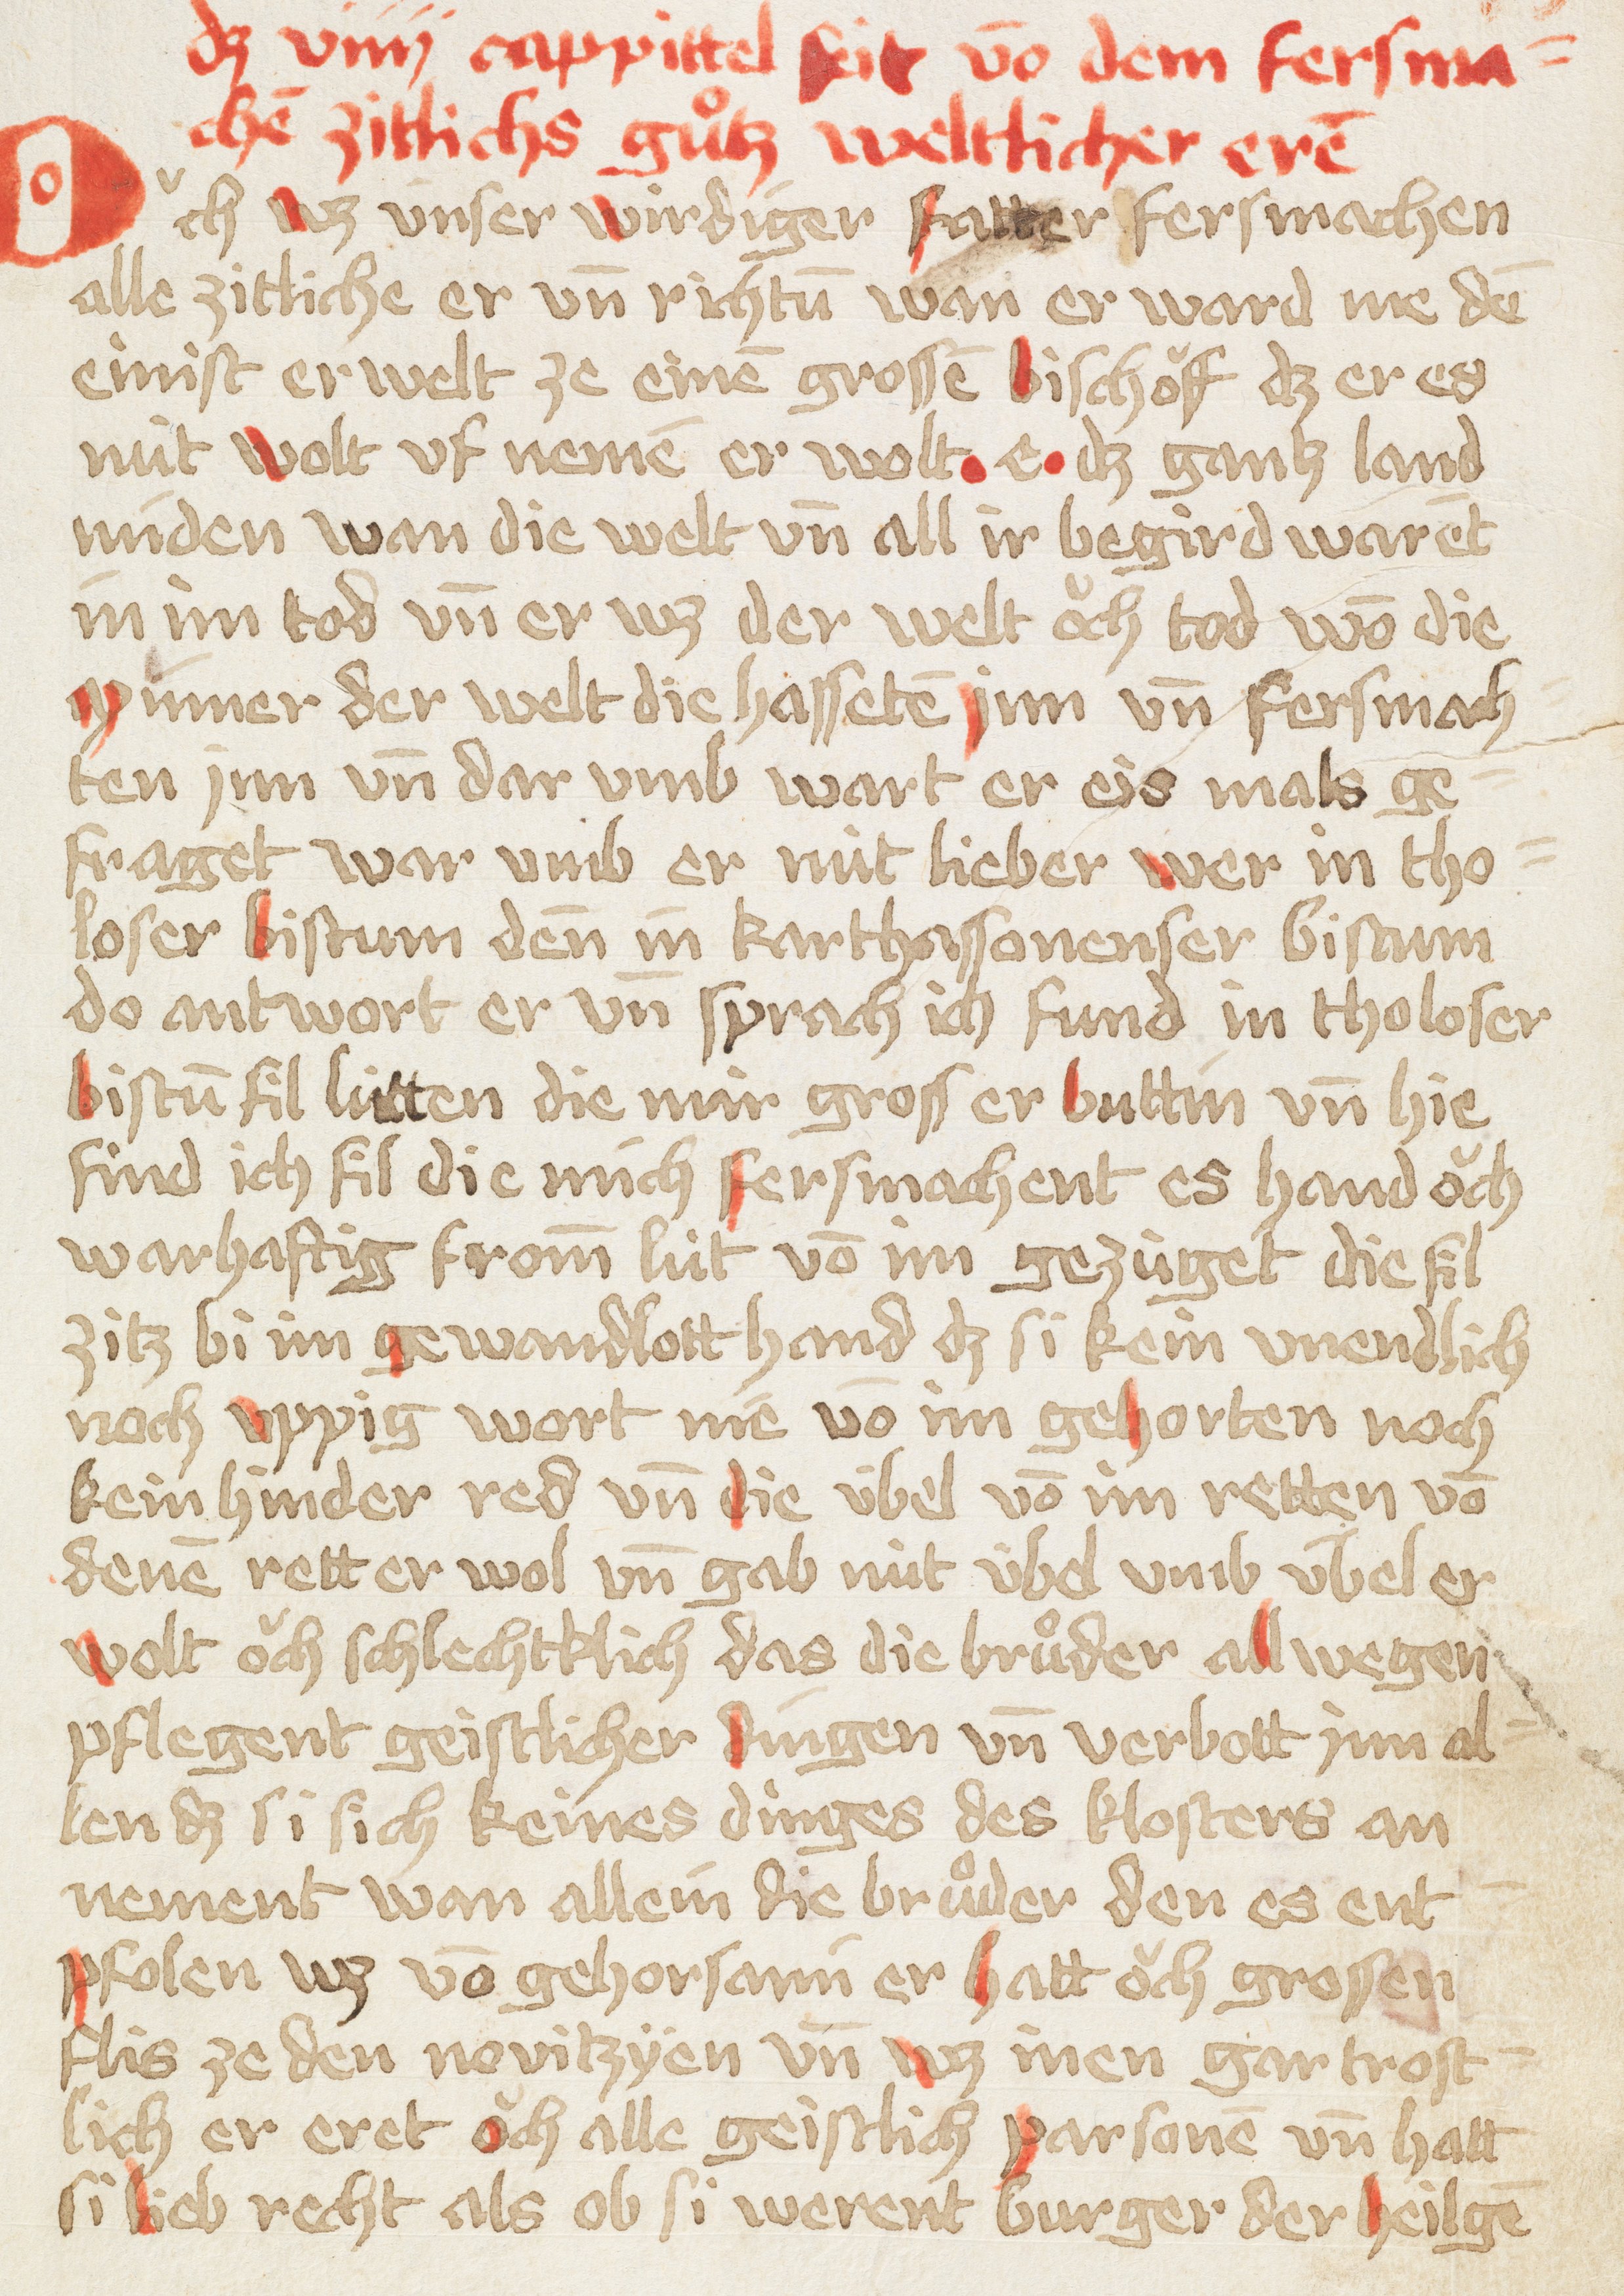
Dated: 1449–1449